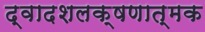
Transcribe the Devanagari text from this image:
द्वादशलक्षणात्मक